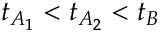
t _ { A _ { 1 } } < t _ { A _ { 2 } } < t _ { B }